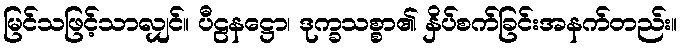
မြင်သဖြင့်သာလျှင်။ ပီဠနဋ္ဌော၊ ဒုက္ခသစ္စာ၏ နှိပ်စက်ခြင်းအနက်တည်း။